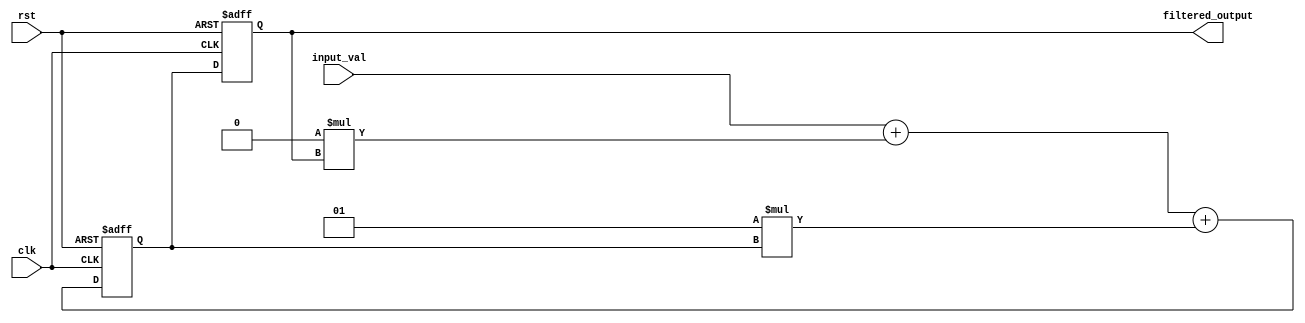
module accumulator (
    input clk,
    input rst,
    input signed [15:0] input_val,
    output signed [15:0] filtered_output
);

reg signed [15:0] accum;
reg signed [15:0] prev_output;

parameter filter_delay = 3;
parameter coeff1 = 0.25;
parameter coeff2 = 0.5;
parameter coeff3 = 0.25;

always @ (posedge clk or posedge rst) begin
    if (rst) begin
        accum <= 0;
        prev_output <= 0;
    end else begin
        accum <= input_val + (coeff1 * prev_output) + (coeff2 * accum);
        prev_output <= accum;
    end
end

assign filtered_output = prev_output;

endmodule